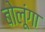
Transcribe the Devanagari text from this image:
बोलूंगा